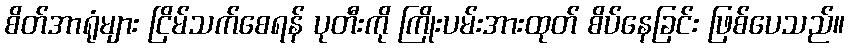
စိတ်အာရုံများ ငြိမ်သက်စေရန် ပုတီးကို ကြိုးပမ်းအားထုတ် စိပ်နေခြင်း ဖြစ်ပေသည်။